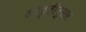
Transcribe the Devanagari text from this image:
आकृतीनुसार